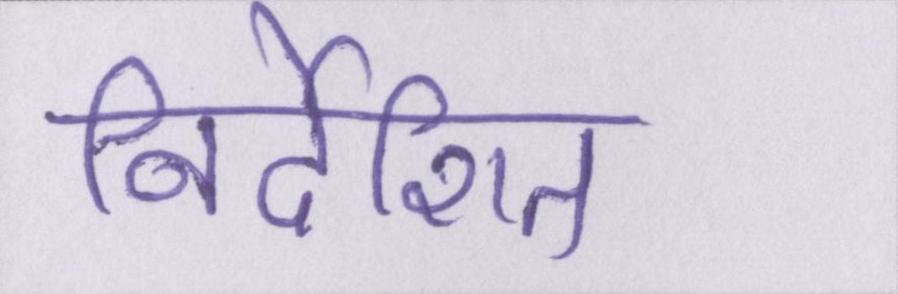
निर्देशित